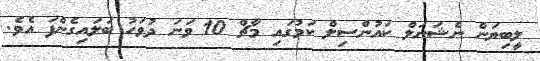
ލީބިޔަން ނެޝަނަލް ކައުންސިލް ކަމުގައި މާޗް 10 ވަނަ ދުވަހު ބަލައިގެންފަ އެވެ.